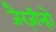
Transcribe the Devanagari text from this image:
जैरज़ीन्हो